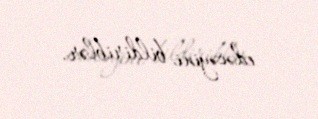
edəcəyini bildiriblər.